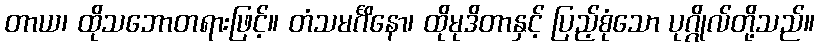
တာယ၊ ထိုသဘောတရားဖြင့်။ တံသမင်္ဂိနော၊ ထိုမုဒိတာနှင့် ပြည့်စုံသော ပုဂ္ဂိုလ်တို့သည်။